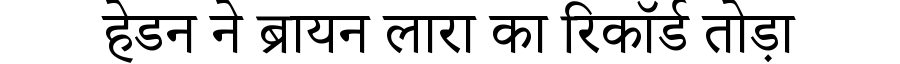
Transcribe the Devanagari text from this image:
हेडन ने ब्रायन लारा का रिकॉर्ड तोड़ा